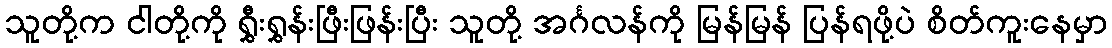
သူတို့က ငါတို့ကို ရွှီးရွှန်းဖြီးဖြန်းပြီး သူတို့ အင်္ဂလန်ကို မြန်မြန် ပြန်ရဖို့ပဲ စိတ်ကူးနေမှာ